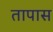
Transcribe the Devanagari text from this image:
तापास